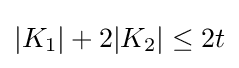
|K_{1}|+2|K_{2}|\leq 2t